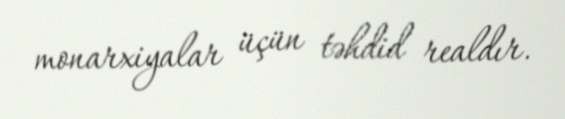
monarxiyalar üçün təhdid realdır.